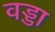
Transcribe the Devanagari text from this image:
वड्डा